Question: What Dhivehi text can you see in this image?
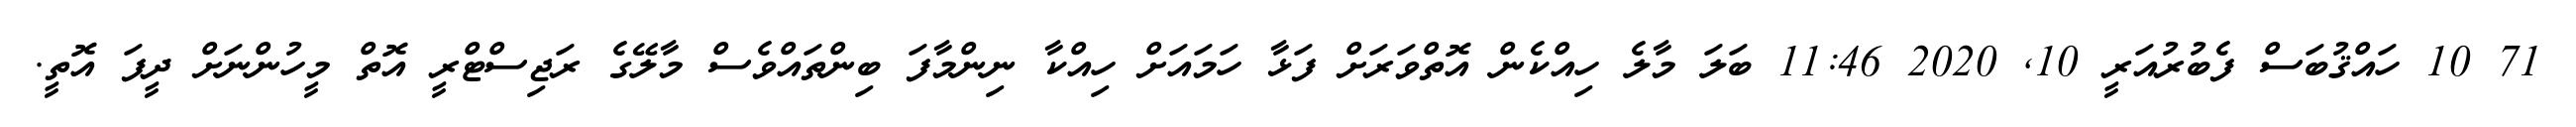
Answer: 71 10 ހައްޤުބަސް ފެބުރުއަރީ 10, 2020 11:46 ބަލަ މާލެ ހިއްކެން އޮތްވަރަށް ފަޅާ ހަމައަށް ހިއްކާ ނިންމާފަ ބިންތައްވެސް މާލޭގެ ރަޖިސްޓްރީ އޮތް މީހުންނަށް ދީފަ އޮތީ.